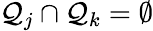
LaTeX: \mathcal{Q}_{j}\cap\mathcal{Q}_{k}=\emptyset